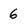
Character: 6